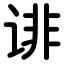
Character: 诽